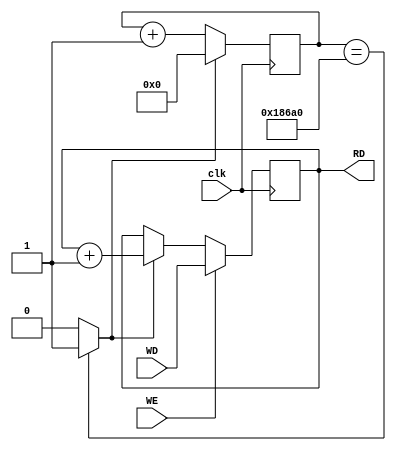
`timescale 1ns / 1ps
// timer0.v
// Timer0
//         Juliana Pineda


module timer #(parameter F_DIV = 100_000)(
    input clk,
    input [31:0] WD,
    input WE,

    output [31:0] RD
);

    // Peripheral register
    reg [31:0] timer = 0;
    assign RD = timer;

    // Frequency divider
    reg [31:0] f_div_counter = 0;
    wire f_div_enable;
    assign f_div_enable = (f_div_counter == F_DIV) ? 1 : 0;

    always @ (posedge clk) begin
        f_div_counter <= (f_div_enable) ? 0 : f_div_counter + 1;

        timer <= WE ? WD[31:0] : (f_div_enable ? timer + 1 : timer);
    end

endmodule